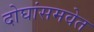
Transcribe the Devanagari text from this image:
दोघांसमवेत